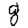
Digit: 8